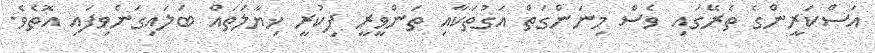
އަސްކަރީންގެ ތެރޭގައި ވެސް މިނަންގަތް އަގުތަކާއި ތަންވީރީ ފިކުރީ ޚިޔާލުތައް ބަލައިގަނެވިފައި އޮތެވެ.